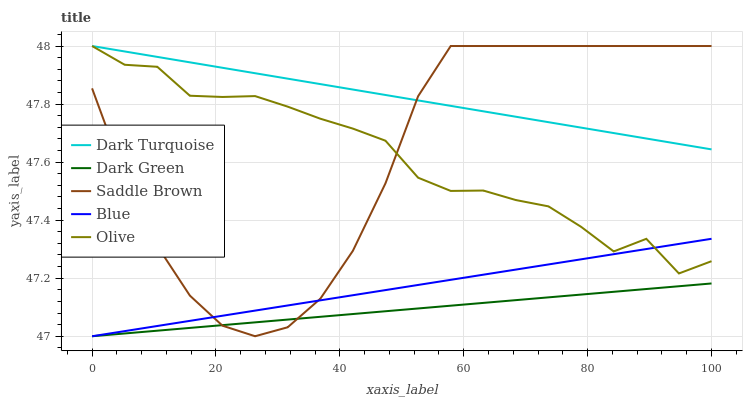
| xaxis_label | Dark Turquoise | Dark Green | Saddle Brown | Blue | Olive |
 | --- | --- | --- | --- | --- | --- |
 | 0 | 48 | 47 | 47.9 | 47 | 48 |
 | 5.26 | 48 | 47 | 47.5 | 47 | 47.9 |
 | 10.5 | 48 | 47 | 47.3 | 47 | 47.9 |
 | 15.8 | 47.9 | 47 | 47.1 | 47.1 | 47.8 |
 | 21.1 | 47.9 | 47 | 47 | 47.1 | 47.8 |
 | 26.3 | 47.9 | 47 | 47 | 47.1 | 47.8 |
 | 31.6 | 47.9 | 47.1 | 47 | 47.1 | 47.8 |
 | 36.8 | 47.9 | 47.1 | 47.1 | 47.1 | 47.7 |
 | 42.1 | 47.9 | 47.1 | 47.3 | 47.1 | 47.7 |
 | 47.4 | 47.8 | 47.1 | 47.5 | 47.2 | 47.7 |
 | 52.6 | 47.8 | 47.1 | 47.8 | 47.2 | 47.5 |
 | 57.9 | 47.8 | 47.1 | 48 | 47.2 | 47.5 |
 | 63.2 | 47.8 | 47.1 | 48 | 47.2 | 47.5 |
 | 68.4 | 47.8 | 47.1 | 48 | 47.2 | 47.5 |
 | 73.7 | 47.7 | 47.1 | 48 | 47.2 | 47.4 |
 | 78.9 | 47.7 | 47.1 | 48 | 47.3 | 47.4 |
 | 84.2 | 47.7 | 47.2 | 48 | 47.3 | 47.3 |
 | 89.5 | 47.7 | 47.2 | 48 | 47.3 | 47.3 |
 | 94.7 | 47.7 | 47.2 | 48 | 47.3 | 47.2 |
 | 100 | 47.6 | 47.2 | 48 | 47.3 | 47.3 |